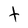
Character: t